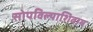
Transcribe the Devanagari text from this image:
सोपविल्याशिवाय